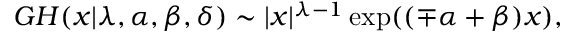
{ \cal G H } ( x | \lambda , \alpha , \beta , \delta ) \sim | x | ^ { \lambda - 1 } \exp ( ( \mp \alpha + \beta ) x ) ,